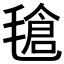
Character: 𣯙